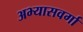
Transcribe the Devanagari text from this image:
अभ्यासवर्गा